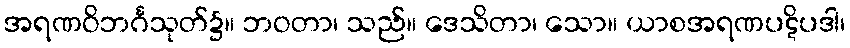
အရဏဝိဘင်္ဂသုတ်၌။ ဘဝတာ၊ သည်။ ဒေသိတာ၊ သော။ ယာစအရဏပဋိပဒါ၊